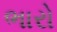
ભારો